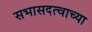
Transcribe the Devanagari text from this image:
सभासदत्वाच्या